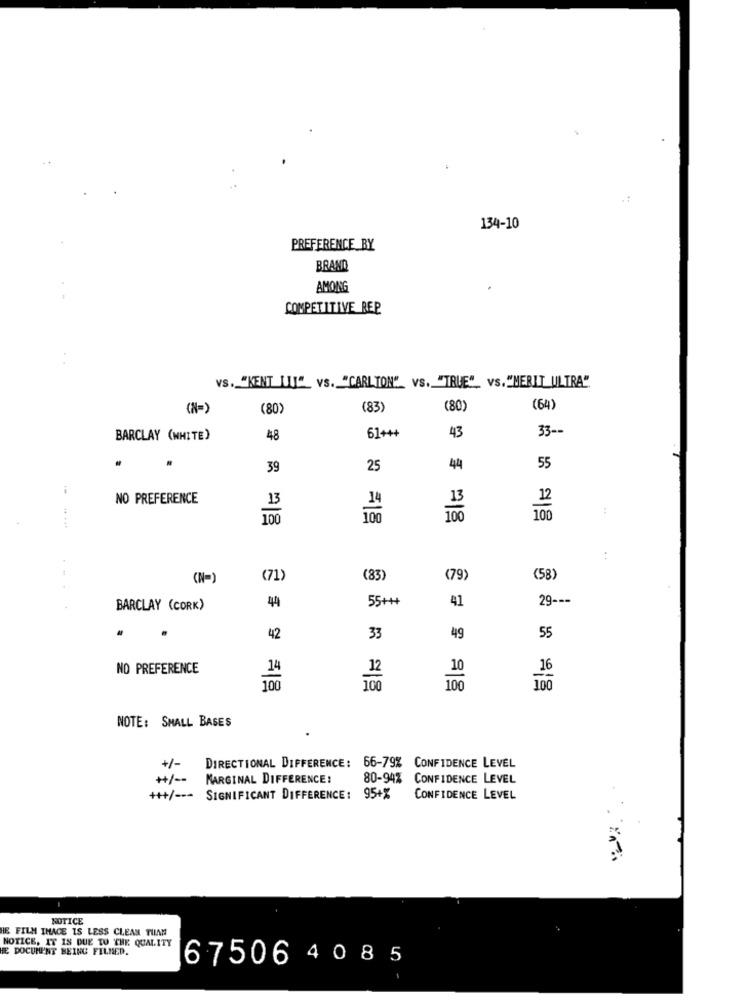
..
134-10
PREFERENCE_BY
BRAND
AMONG
COMPETITIVE REP
VS. "KENT LUI"_ VS. "CARLTON" VS. "TRUE", VS. "MERIT ULTRA".
(N=)
(80)
(83)
(80)
(64)
33 --
BARCLAY (WHITE)
48
61+++
43
39
25
4
55
NO PREFERENCE
12
14
:
100
100
(N=)
(71)
(83)
(79)
(58)
55+++
41
29 ---
BARCLAY (CORK)
44
42
33
49
55
NO PREFERENCE
16
12
100
100
100
100
NOTE: SMALL BASES
+/- DIRECTIONAL DIFFERENCE: 66-79% CONFIDENCE LEVEL
++/ -- MARGINAL DIFFERENCE:
80-94% CONFIDENCE LEVEL
+++/ --- SIGNIFICANT DIFFERENCE: 95+%
CONFIDENCE LEVEL
NOTICE
HE FILM IHACE IS LESS CLEAN THAN
NOTICE, IT IS DUE TO THE QUALITY
HE DOCUMENT BEING FILMED.
67506 4 0 8 5